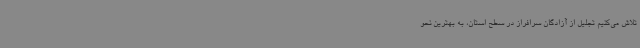
تلاش می‌کنیم تجلیل از آزادگان سرافراز در سطح استان، به بهترین نحو